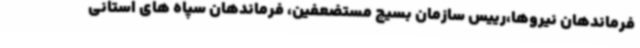
فرماندهان نیروها،رییس سازمان بسیج مستضعفین، فرماندهان سپاه های استانی